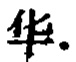
解 \((1 - \frac{1}{8} \times 4) \div \frac{1}{10}\)

\(=(1 - \frac{1}{2}) \div \frac{1}{10}\)

\(=\frac{1}{2} \times \frac{10}{1}\)

\(= 5\)（小时）